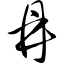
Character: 鼎